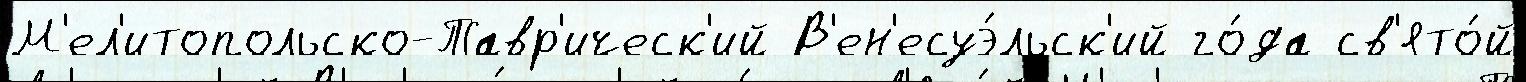
М'ел'итопольско-Тавр'ическ'ий В'ен'есуэ́льск'ий го́да св'ято́й